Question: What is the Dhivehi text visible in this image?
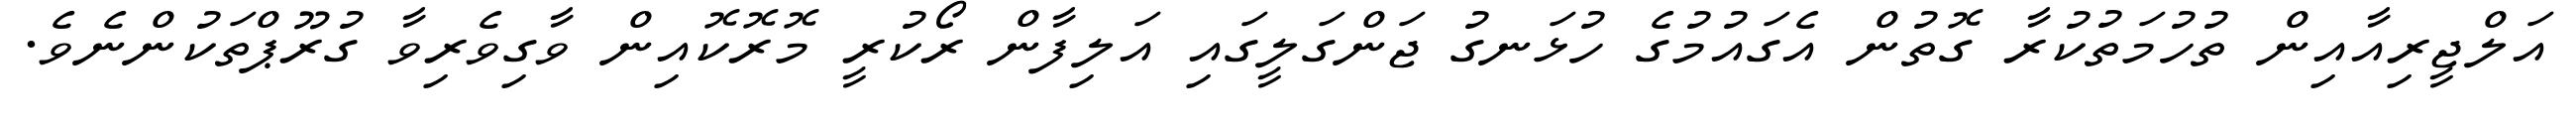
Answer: އަލްޖީރިއާއިން ތުހުމަތުކުރާ ގޮތުން އެގައުމުގެ ހުޅަނގު ޖަންގަލީގައި އަލިފާން ރޯކުރީ މޮރޮކޮއިން ވާގިވެރިވާ ގުރޫޕްތަކުންނެވެ.